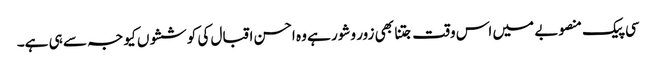
سی پیک منصوبے میں اس وقت جتنا بھی زور وشور ہے وہ احسن اقبال کی کوششوں کیو جہ سے ہی ہے۔